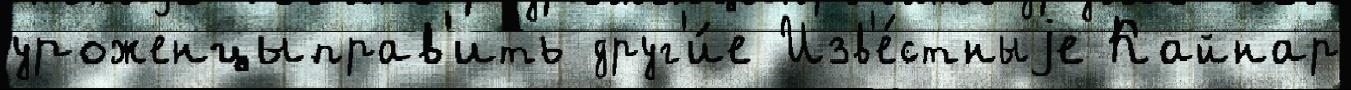
уроженцыправ'ить друг'и́е Изв'е́стныjе Кайнар